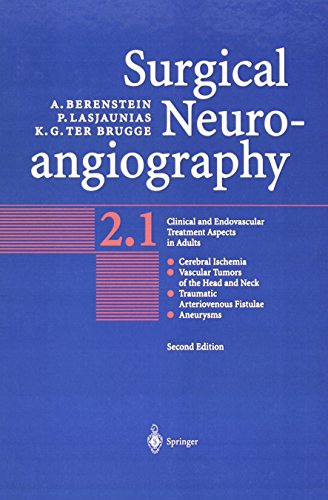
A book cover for Surgical Neuroangiography; Alejandro Berenstein; Health, Fitness & Dieting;